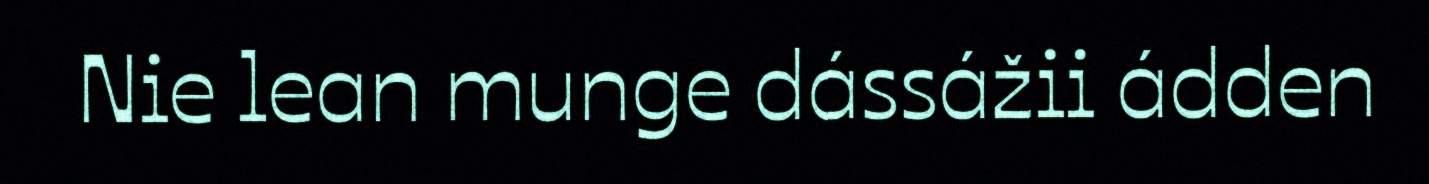
Nie lean munge dássážii ádden